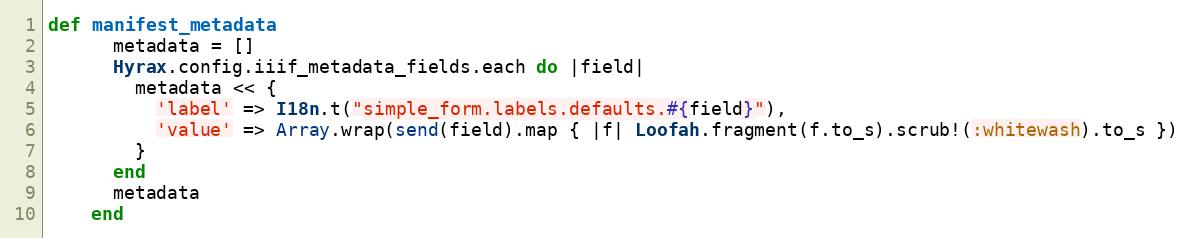
Language: Ruby
def manifest_metadata
      metadata = []
      Hyrax.config.iiif_metadata_fields.each do |field|
        metadata << {
          'label' => I18n.t("simple_form.labels.defaults.#{field}"),
          'value' => Array.wrap(send(field).map { |f| Loofah.fragment(f.to_s).scrub!(:whitewash).to_s })
        }
      end
      metadata
    end